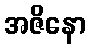
အဇိနော